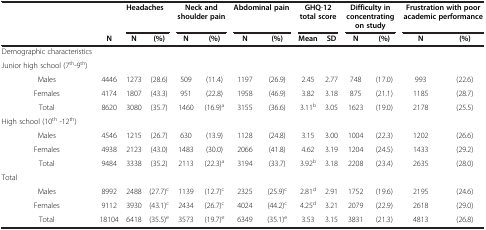
<table><thead><tr><td><b> </b></td><td><b> </b></td><td colspan="2"><b>Headaches</b></td><td colspan="2"><b>Neck and shoulder pain</b></td><td colspan="2"><b>Abdominal pain</b></td><td colspan="2"><b>GHQ-12 total score</b></td><td colspan="2"><b>Difficulty in concentrating on study</b></td><td colspan="2"><b>Frustration with poor academic performance</b></td></tr><tr><td><b> </b></td><td><b>N</b></td><td><b>N</b></td><td><b>(%)</b></td><td><b>N</b></td><td><b>(%)</b></td><td><b>N</b></td><td><b>(%)</b></td><td><b>Mean</b></td><td><b>SD</b></td><td><b>N</b></td><td><b>(%)</b></td><td><b>N</b></td><td><b>(%)</b></td></tr></thead><tbody><tr><td>Demographic characteristics</td><td> </td><td> </td><td> </td><td> </td><td> </td><td> </td><td> </td><td> </td><td> </td><td> </td><td> </td><td> </td><td> </td></tr><tr><td>Junior high school (7<sup>th</sup>-9<sup>th</sup>)</td><td> </td><td> </td><td> </td><td> </td><td> </td><td> </td><td> </td><td> </td><td> </td><td> </td><td> </td><td> </td><td> </td></tr><tr><td>Males</td><td>4446</td><td>1273</td><td>(28.6)</td><td>509</td><td>(11.4)</td><td>1197</td><td>(26.9)</td><td>2.45</td><td>2.77</td><td>748</td><td>(17.0)</td><td>993</td><td>(22.6)</td></tr><tr><td>Females</td><td>4174</td><td>1807</td><td>(43.3)</td><td>951</td><td>(22.8)</td><td>1958</td><td>(46.9)</td><td>3.82</td><td>3.18</td><td>875</td><td>(21.1)</td><td>1185</td><td>(28.7)</td></tr><tr><td>Total</td><td>8620</td><td>3080</td><td>(35.7)</td><td>1460</td><td>(16.9)<sup>a</sup></td><td>3155</td><td>(36.6)</td><td>3.11<sup>b</sup></td><td>3.05</td><td>1623</td><td>(19.0)</td><td>2178</td><td>(25.5)</td></tr><tr><td>High school (10<sup>th</sup> -12<sup>th</sup>)</td><td> </td><td> </td><td> </td><td> </td><td> </td><td> </td><td> </td><td> </td><td> </td><td> </td><td> </td><td> </td><td> </td></tr><tr><td>Males</td><td>4546</td><td>1215</td><td>(26.7)</td><td>630</td><td>(13.9)</td><td>1128</td><td>(24.8)</td><td>3.15</td><td>3.00</td><td>1004</td><td>(22.3)</td><td>1202</td><td>(26.6)</td></tr><tr><td>Females</td><td>4938</td><td>2123</td><td>(43.0)</td><td>1483</td><td>(30.0)</td><td>2066</td><td>(41.8)</td><td>4.62</td><td>3.19</td><td>1204</td><td>(24.5)</td><td>1433</td><td>(29.2)</td></tr><tr><td>Total</td><td>9484</td><td>3338</td><td>(35.2)</td><td>2113</td><td>(22.3)<sup>a</sup></td><td>3194</td><td>(33.7)</td><td>3.92<sup>b</sup></td><td>3.18</td><td>2208</td><td>(23.4)</td><td>2635</td><td>(28.0)</td></tr><tr><td>Total</td><td> </td><td> </td><td> </td><td> </td><td> </td><td> </td><td> </td><td> </td><td> </td><td> </td><td> </td><td> </td><td> </td></tr><tr><td>Males</td><td>8992</td><td>2488</td><td>(27.7)<sup>c</sup></td><td>1139</td><td>(12.7)<sup>c</sup></td><td>2325</td><td>(25.9)<sup>c</sup></td><td>2.81<sup>d</sup></td><td>2.91</td><td>1752</td><td>(19.6)</td><td>2195</td><td>(24.6)</td></tr><tr><td>Females</td><td>9112</td><td>3930</td><td>(43.1)<sup>c</sup></td><td>2434</td><td>(26.7)<sup>c</sup></td><td>4024</td><td>(44.2)<sup>c</sup></td><td>4.25<sup>d</sup></td><td>3.21</td><td>2079</td><td>(22.9)</td><td>2618</td><td>(29.0)</td></tr><tr><td>Total</td><td>18104</td><td>6418</td><td>(35.5)<sup>e</sup></td><td>3573</td><td>(19.7)<sup>e</sup></td><td>6349</td><td>(35.1)<sup>e</sup></td><td>3.53</td><td>3.15</td><td>3831</td><td>(21.3)</td><td>4813</td><td>(26.8)</td></tr></tbody></table>